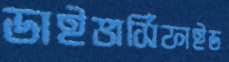
ডাইভার্সিফাইড